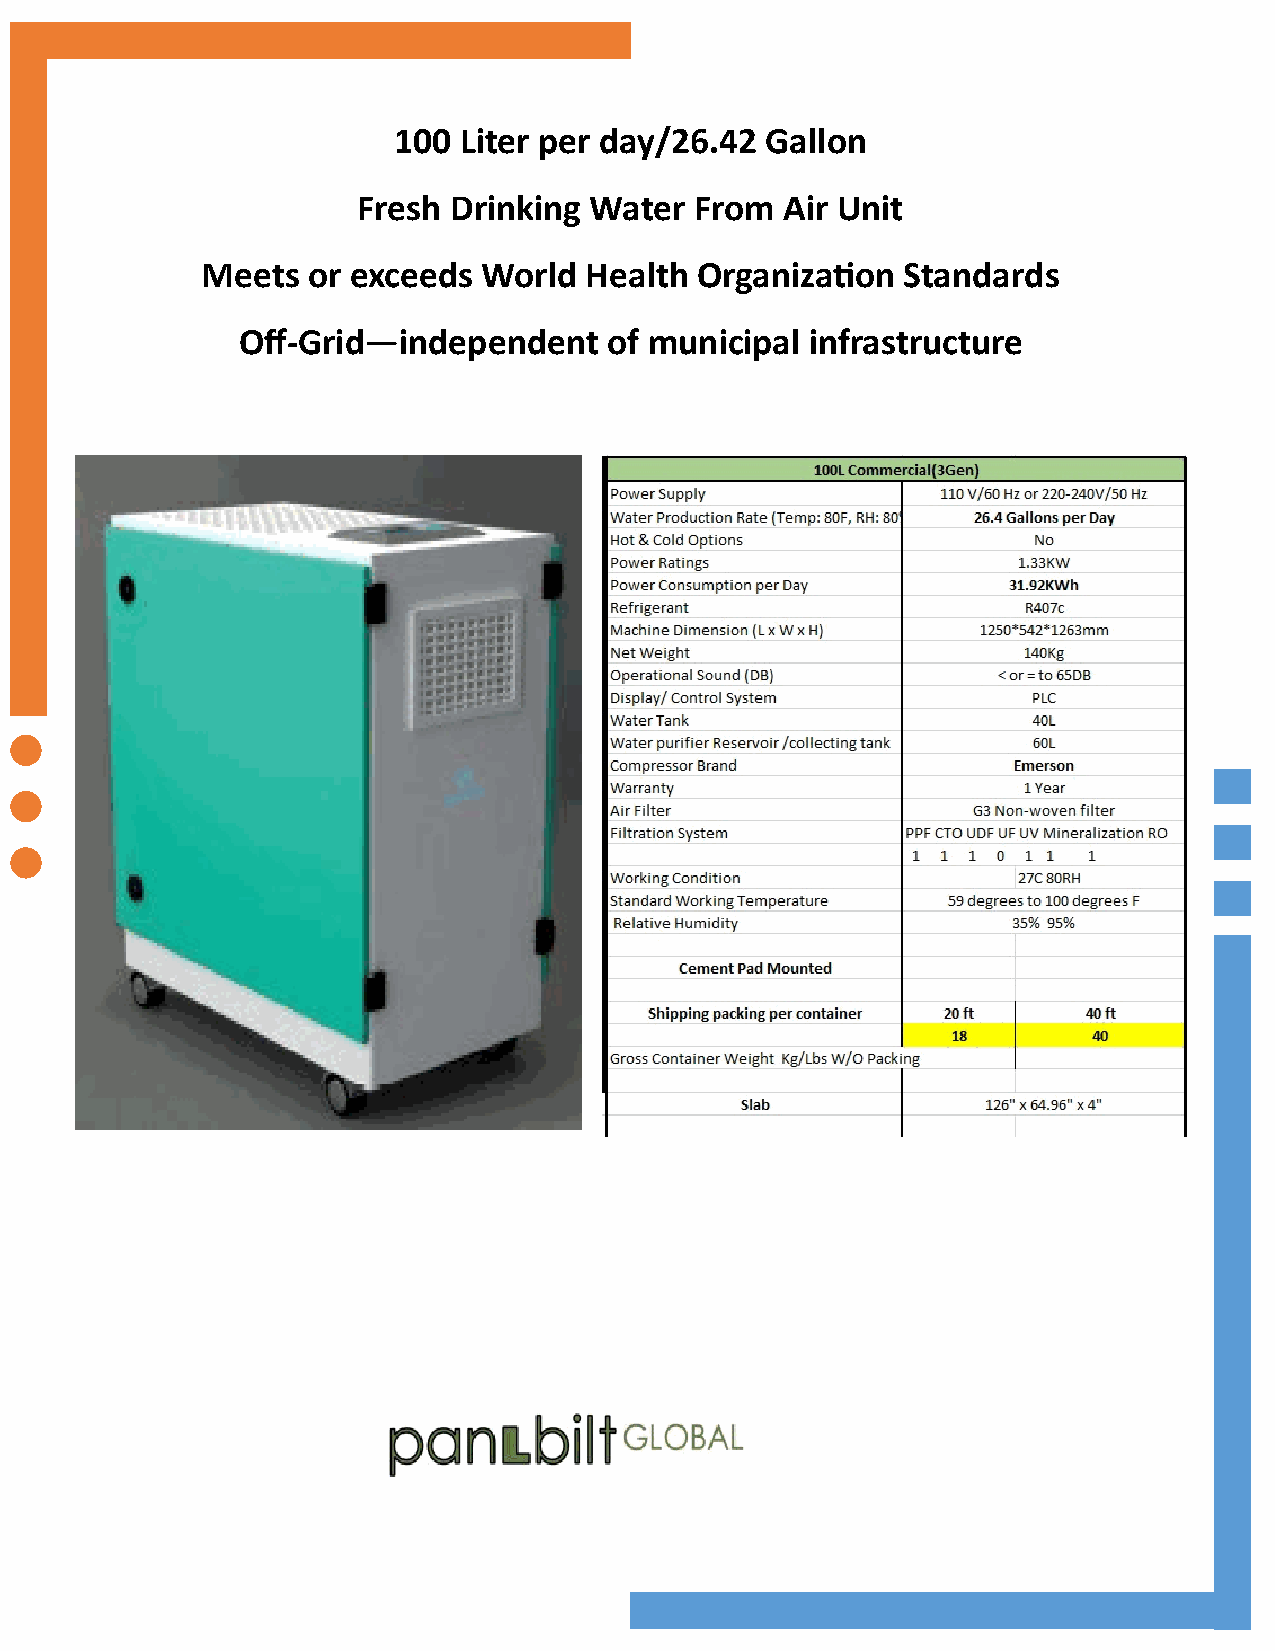
100 Liter per day/26.42  Gallon
 Fresh Drinking Water  From  Air Unit
 Meets  or exceeds  World  Health Organization  Standards
 Off-Grid—independent    of municipal  infrastructure